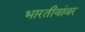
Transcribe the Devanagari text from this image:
भारतीयांवर